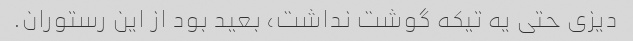
دیزی حتی یه تیکه گوشت نداشت، بعید بود از این رستوران.